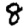
Digit: 8